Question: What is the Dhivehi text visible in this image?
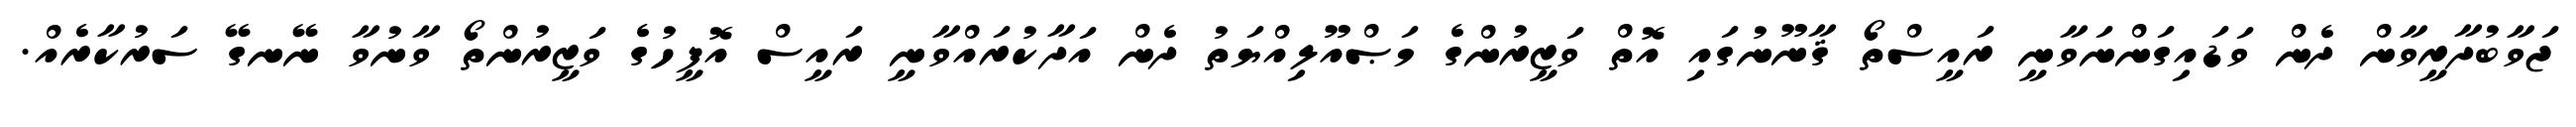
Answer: ޖަވާބުދާރީވާން ދެން ވަޑައިގަންނަވާނީ ރައީސްތޯ ޤާނޫނުގައި އޮތް ވަޒީރުންގެ މަޞްއޫލިއްޔަތު ދެން އަދާކުރައްވާނީ ރައީސް އޮފީހުގެ ވަޒީރުންތޯ ވާނުވާ ނޭނގޭ ސަރުކާރެއް.